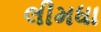
લીમધા